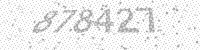
Solution: 878427